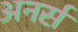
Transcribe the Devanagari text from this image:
अनर्स